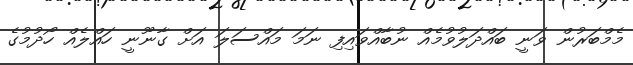
މެމްބަރުން ވަނީ ބައްދަލުވުމެއް ނުބާއްވައިފި ނަމަ މައްސަލަ އަށް ގާނޫނީ ހައްލެއް ހޯދުމުގެ